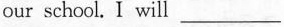
our school. I will___